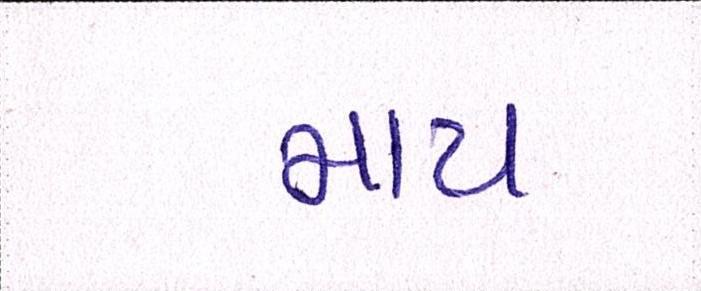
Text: માય